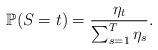
LaTeX: \begin{align*} \mathbb{P}(S = t) = \frac{\eta_t}{\sum_{s=1}^{T}\eta_{s}}.\end{align*}